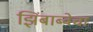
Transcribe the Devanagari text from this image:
झिंबाब्वेचा